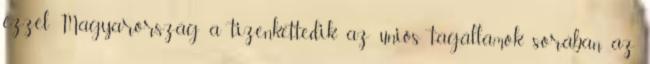
ezzel Magyarország a tizenkettedik az uniós tagállamok sorában az